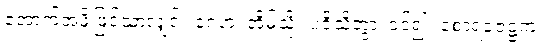
အောက်အဖို့ဖြင့်သာလျှင်။ ဂေဟံ၊ အိမ်သို့။ ပဝိသိတွာ၊ ဝင်၍။ စောရဇေဋ္ဌကံ၊